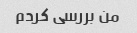
من بررسی کردم